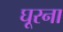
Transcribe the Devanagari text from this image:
घूरना